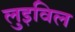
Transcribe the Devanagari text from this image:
लुइविल